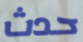
حدث